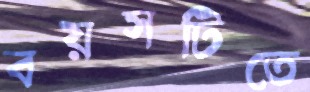
বয়সটিতে